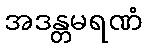
အဒန္တမရဏံ